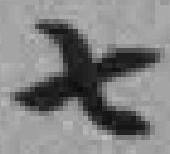
七